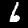
Digit: 6